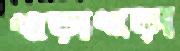
খাড়াখাড়া